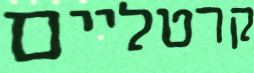
קרטליים